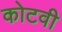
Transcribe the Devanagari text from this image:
कोटवी